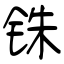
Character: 铢